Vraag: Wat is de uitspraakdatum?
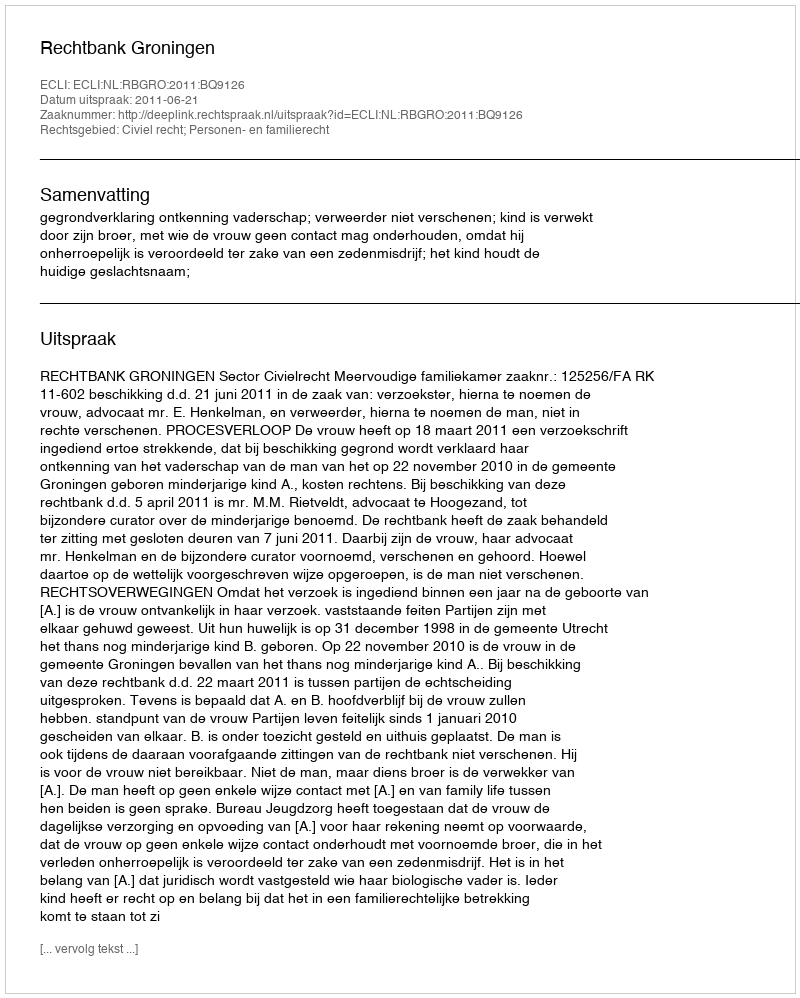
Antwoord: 2011-06-21